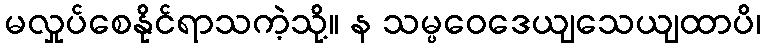
မလှုပ်စေနိုင်ရာသကဲ့သို့။ န သမ္ပဝေဒေယျသေယျထာပိ၊